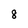
Character: 8